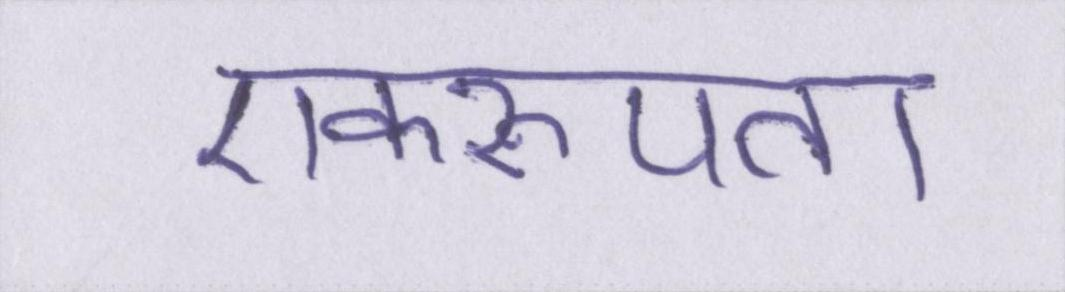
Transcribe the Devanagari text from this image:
एकरूपता